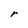
Character: r